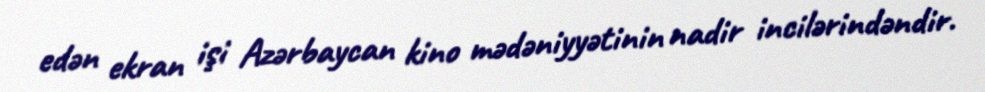
edən ekran işi Azərbaycan kino mədəniyyətinin nadir incilərindəndir.